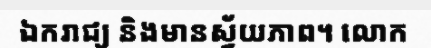
ឯករាជ្យ និងមានស្វ័យភាព។ លោក